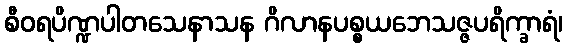
စီဝရပိဏ္ဍပါတသေနာသန ဂိလာနပစ္စယဘေသဇ္ဇပရိက္ခာရံ၊